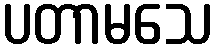
ပတာမသေ